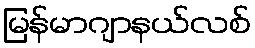
မြန်မာဂျာနယ်လစ်